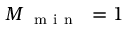
M _ { \mathrm { ~ \mathrm { ~ m ~ i ~ n ~ } ~ } } = 1